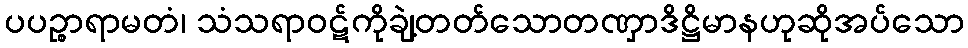
ပပဉ္စာရာမတံ၊ သံသရာဝဋ်ကိုချဲ့တတ်သောတဏှာဒိဋ္ဌိမာနဟုဆိုအပ်သော